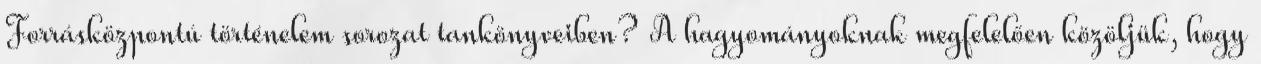
Forrásközpontú történelem sorozat tankönyveiben? A hagyományoknak megfelelően közöljük, hogy